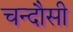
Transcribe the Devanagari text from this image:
चन्‍दौसी